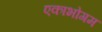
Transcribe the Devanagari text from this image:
एकाभोगम